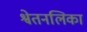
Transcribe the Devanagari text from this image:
श्वेतनलिका